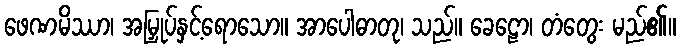
ဖေဏမိဿာ၊ အမြှုပ်နှင့်ရောသော။ အာပေါဓာတု၊ သည်။ ခေဠော၊ တံတွေး မည်၏။